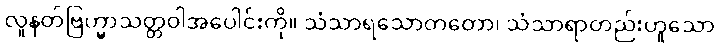
လူနတ်ဗြဟ္မာသတ္တဝါအပေါင်းကို။ သံသာရသောတတော၊ သံသာရာတည်းဟူသော